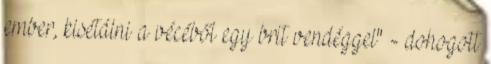
ember, kisétálni a vécéből egy brit vendéggel" - dohogott